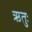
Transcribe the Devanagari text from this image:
ऋतुः